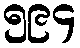
၅၉၄